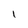
Character: l